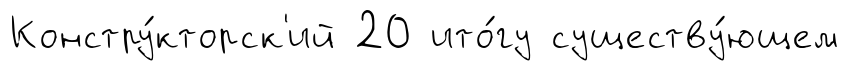
Констру́кторск'ий 20 ито́гу существу́ющем